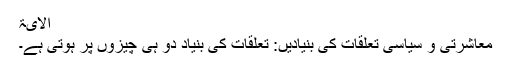
الایۃ
معاشرتی و سیاسی تعلقات کی بنیادیں: تعلقات کی بنیاد دو ہی چیزوں پر ہوتی ہے۔